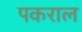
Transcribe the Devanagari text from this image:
पकराल